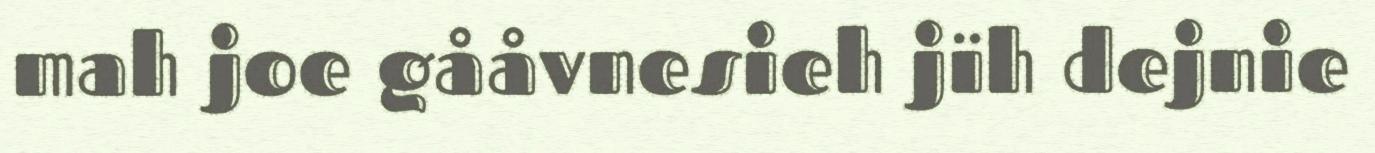
mah joe gååvnesieh jïh dejnie